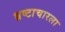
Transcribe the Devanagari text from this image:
भ्रष्टाचारला